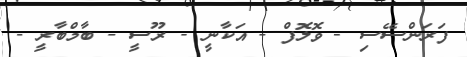
ފަރަންސޭސި - ވޮލޮފް - އަކާނީ - ރޫސީ - ބާމްބާރީ -